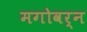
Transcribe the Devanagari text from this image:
मगोवर्न